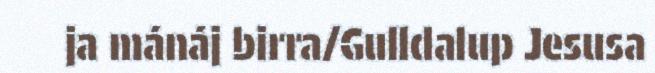
ja mánáj birra/Gulldalup Jesusa